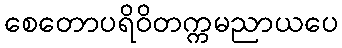
စေတောပရိဝိတက္ကမညာယပေ